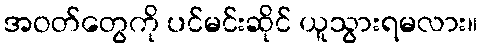
အဝတ်တွေကို ပင်မင်းဆိုင် ယူသွားရမလား။